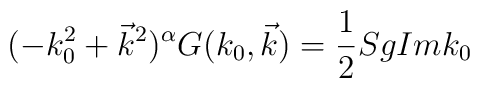
(-k_0^2+\vec{k}^2)^\alpha G(k_0,\vec{k})=\frac{1}{2}Sg Im k_0